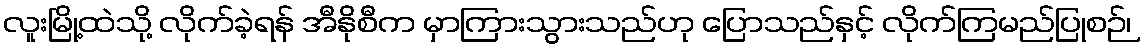
လူးမြို့ထဲသို့ လိုက်ခဲ့ရန် အီနိုစီက မှာကြားသွားသည်ဟု ပြောသည်နှင့် လိုက်ကြမည်ပြုစဉ်၊